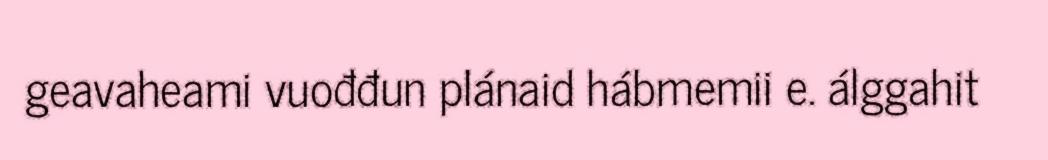
geavaheami vuođđun plánaid hábmemii e. álggahit